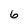
Character: 6